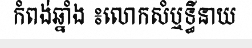
កំពង់ឆ្នាំង ៖លោកសំឬទ្ធីនាយ